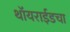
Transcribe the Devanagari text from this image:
थॉयराईडचा